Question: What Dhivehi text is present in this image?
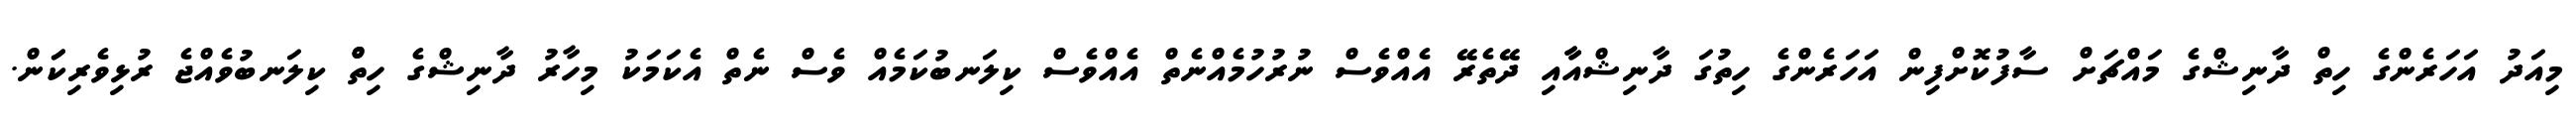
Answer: މިއަދު އަހަރެންގެ ހިތް ދާނިޝްގެ މައްޗަށް ސާފުކޮށްފިން އަހަރެންގެ ހިތުގަ ދާނިޝްއާާއި ދޭތެރޭ އެއްވެސް ނުރުހުމެއްނެތް އެއްވެސް ކިލަނބުކަމެއް ވެސް ނެތް އެކަމަކު މިހާރު ދާނިޝްގެ ހިތްް ކިލަނބުވެއްޖެ ރުޅިވެރިކަަން.